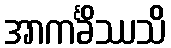
အာကင်္ခိဿသိ